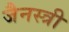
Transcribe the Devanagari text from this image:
जैनस्त्री